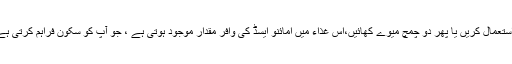
جب آپ بےچین محسوس کریں تو دہی کا استعمال کریں یا پھر دو چمچ میوے کھائیں،اس غذاء میں امائنو ایسڈ کی وافر مقدار موجود ہوتی ہے ، جو آپ کو سکون فراہم کرتی ہے اور آپ کو بےچینی سے نجات ملتی ہے۔